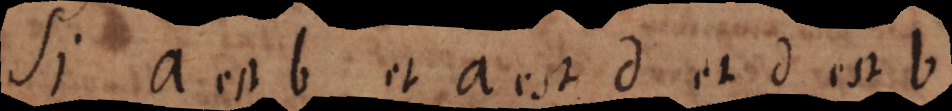
Si a est b et a est d et d est b,